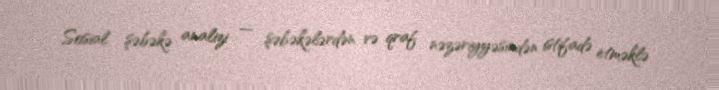
Sosial şəbəkə analizi — şəbəkələrdən və qraf nəzəriyyəsindən istifadə etməklə